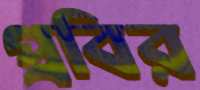
প্রবির